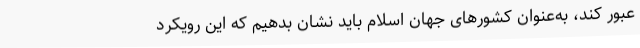
عبور کند، به‌عنوان کشورهای جهان اسلام باید نشان بدهیم که این رویکرد